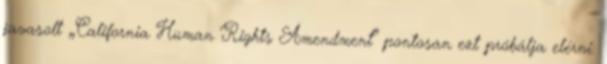
javasolt „California Human Rights Amendment” pontosan ezt próbálja elérni: